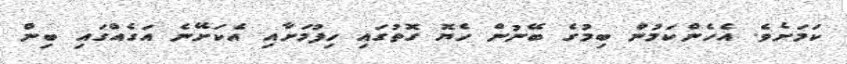
ކަމަށެވެ. އެހެންކަމުން ބިމުގެ ބޭނުން ހެޔޮ ގޮތުގައި ހިފުމަށާއި އެކަށޭނެ އަގެއްގައި ބިން